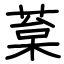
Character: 葈